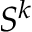
S ^ { k }